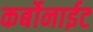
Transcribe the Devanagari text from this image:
कर्बोनाईट